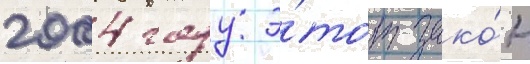
2004 году э́тот зако́н